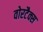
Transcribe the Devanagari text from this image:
वोरटैक्स